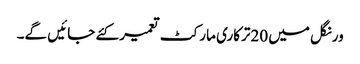
ورنگل میں 20ترکاری مارکٹ تعمیر کئے جائیں گے۔